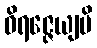
ဝိရဇ္ဇေယျပိ